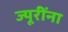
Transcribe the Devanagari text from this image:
ज्यूरींना